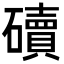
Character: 𥖿